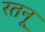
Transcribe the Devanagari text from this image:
रतनू